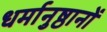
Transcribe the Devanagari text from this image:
धर्मानुष्ठानों